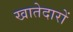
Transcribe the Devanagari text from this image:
खातेदारों